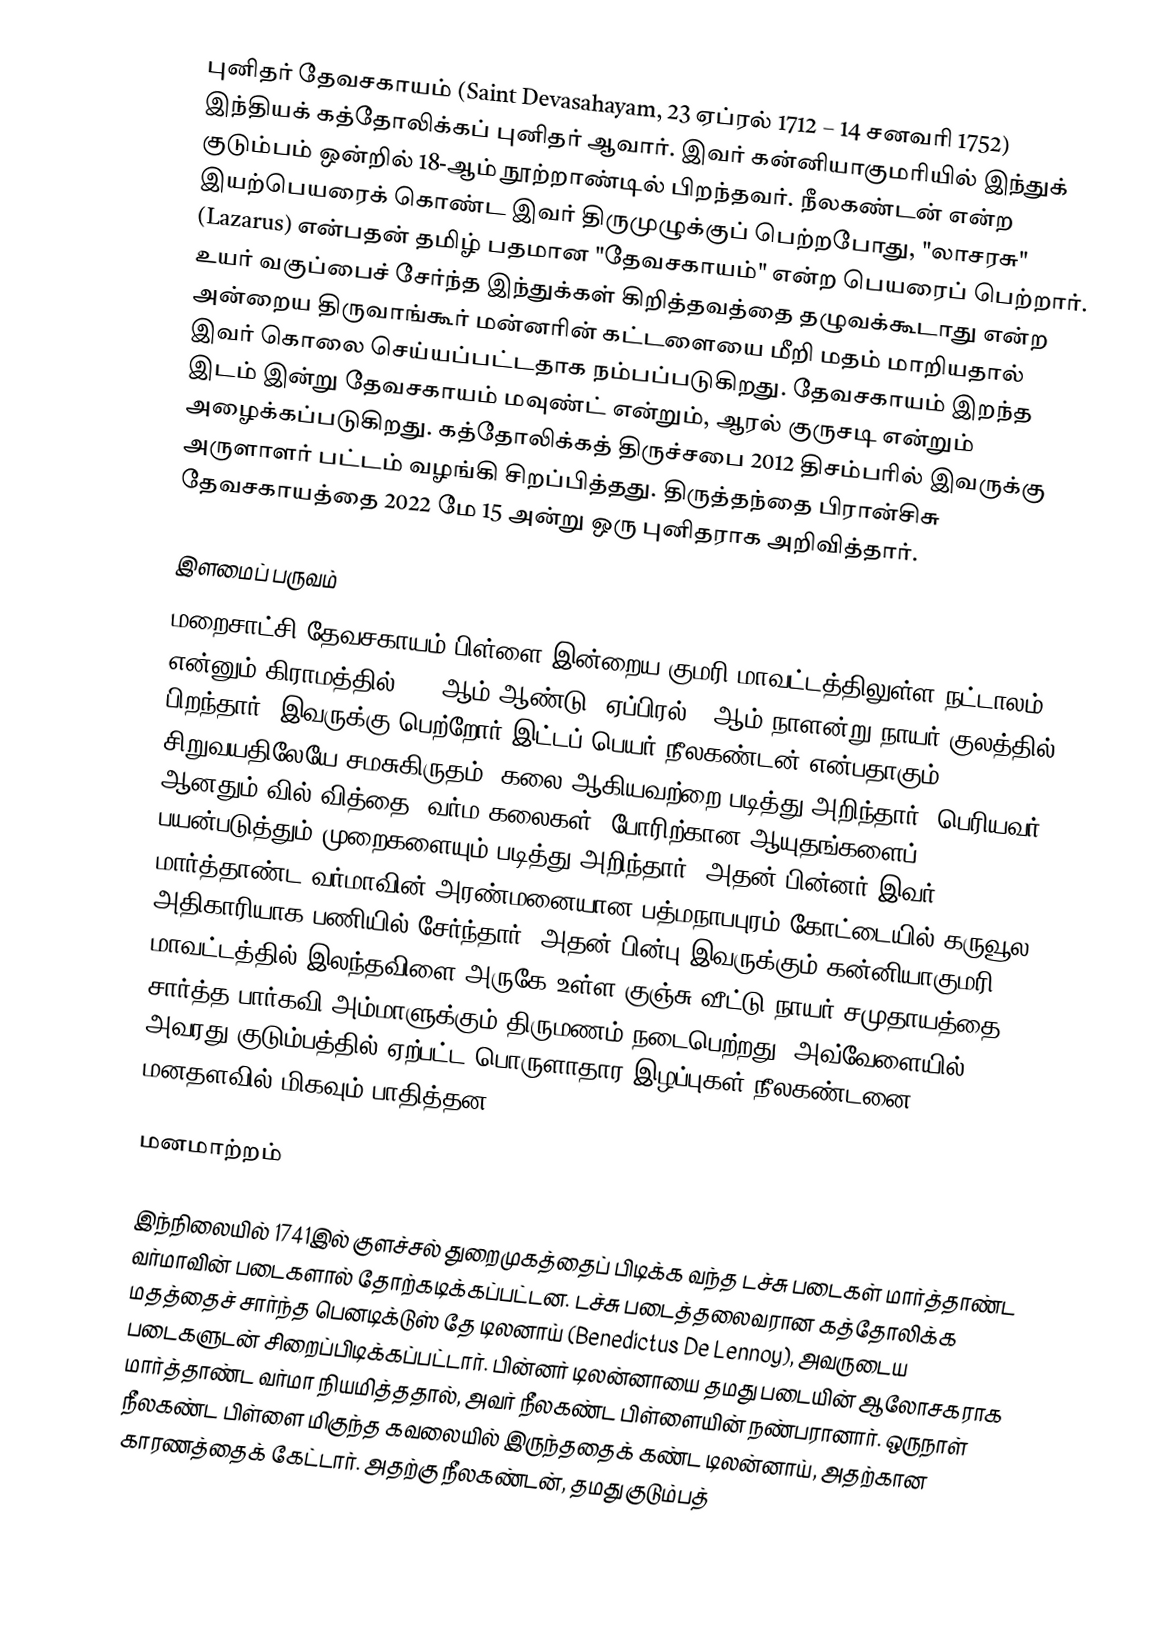
புனிதர் தேவசகாயம்  (Saint Devasahayam, 23 ஏப்ரல் 1712 – 14 சனவரி 1752)  இந்தியக் கத்தோலிக்கப் புனிதர் ஆவார். இவர் கன்னியாகுமரியில் இந்துக் குடும்பம் ஒன்றில் 18-ஆம் நூற்றாண்டில் பிறந்தவர். நீலகண்டன் என்ற இயற்பெயரைக் கொண்ட இவர் திருமுழுக்குப் பெற்றபோது, "லாசரசு" (Lazarus) என்பதன் தமிழ் பதமான "தேவசகாயம்" என்ற பெயரைப் பெற்றார். உயர் வகுப்பைச் சேர்ந்த இந்துக்கள் கிறித்தவத்தை தழுவக்கூடாது என்ற அன்றைய திருவாங்கூர் மன்னரின் கட்டளையை மீறி மதம் மாறியதால் இவர் கொலை செய்யப்பட்டதாக நம்பப்படுகிறது. தேவசகாயம் இறந்த இடம் இன்று தேவசகாயம் மவுண்ட் என்றும், ஆரல் குருசடி என்றும் அழைக்கப்படுகிறது. கத்தோலிக்கத் திருச்சபை 2012 திசம்பரில் இவருக்கு அருளாளர் பட்டம் வழங்கி சிறப்பித்தது. திருத்தந்தை பிரான்சிசு தேவசகாயத்தை 2022 மே 15 அன்று ஒரு புனிதராக அறிவித்தார்.

இளமைப் பருவம்
மறைசாட்சி தேவசகாயம் பிள்ளை இன்றைய குமரி மாவட்டத்திலுள்ள நட்டாலம் என்னும் கிராமத்தில் 1712ஆம் ஆண்டு, ஏப்பிரல் 23ஆம் நாளன்று நாயர் குலத்தில் பிறந்தார். இவருக்கு பெற்றோர் இட்டப் பெயர் நீலகண்டன் என்பதாகும். சிறுவயதிலேயே சமசுகிருதம், கலை ஆகியவற்றை படித்து அறிந்தார். பெரியவர் ஆனதும் வில் வித்தை, வர்ம கலைகள், போரிற்கான ஆயுதங்களைப் பயன்படுத்தும் முறைகளையும் படித்து அறிந்தார். அதன் பின்னர் இவர் மார்த்தாண்ட வர்மாவின் அரண்மனையான பத்மநாபபுரம் கோட்டையில் கருவூல அதிகாரியாக பணியில் சேர்ந்தார். அதன் பின்பு இவருக்கும் கன்னியாகுமரி மாவட்டத்தில் இலந்தவிளை அருகே உள்ள குஞ்சு வீட்டு நாயர் சமுதாயத்தை சார்த்த பார்கவி அம்மாளுக்கும் திருமணம் நடைபெற்றது. அவ்வேளையில், அவரது குடும்பத்தில் ஏற்பட்ட பொருளாதார இழப்புகள் நீலகண்டனை மனதளவில் மிகவும் பாதித்தன.

மனமாற்றம்

இந்நிலையில் 1741இல் குளச்சல் துறைமுகத்தைப் பிடிக்க வந்த டச்சு படைகள் மார்த்தாண்ட வர்மாவின் படைகளால் தோற்கடிக்கப்பட்டன. டச்சு படைத்தலைவரான கத்தோலிக்க மதத்தைச் சார்ந்த பெனடிக்டுஸ் தே டிலனாய் (Benedictus De Lennoy), அவருடைய படைகளுடன் சிறைப்பிடிக்கப்பட்டார். பின்னர் டிலன்னாயை தமது படையின் ஆலோசகராக மார்த்தாண்ட வர்மா நியமித்ததால், அவர் நீலகண்ட பிள்ளையின் நண்பரானார். ஒருநாள் நீலகண்ட பிள்ளை மிகுந்த கவலையில் இருந்ததைக் கண்ட டிலன்னாய், அதற்கான காரணத்தைக் கேட்டார். அதற்கு நீலகண்டன், தமது குடும்பத்